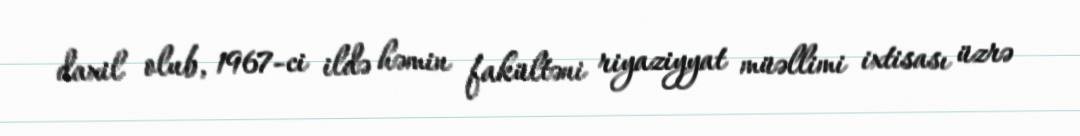
daxil olub, 1967-ci ildə həmin fakültəni riyaziyyat müəllimi ixtisası üzrə